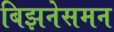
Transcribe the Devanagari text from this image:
बिझनेसमन